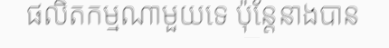
ផលិតកម្មណាមួយទេ ប៉ុន្តែនាងបាន